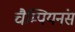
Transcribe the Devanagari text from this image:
चैम्पियनंस